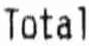
TOTAL